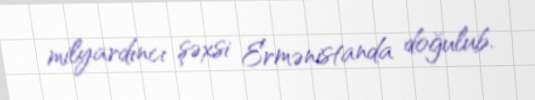
milyardıncı şəxsi Ermənistanda doğulub.